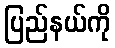
ပြည်နယ်ကို